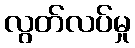
လွတ်လပ်မှု